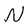
Character: N